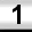
Digit: 1